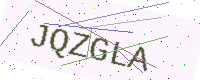
Text: JQZGLA